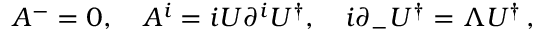
A ^ { - } = 0 , \quad A ^ { i } = i U \partial ^ { i } U ^ { \dagger } , \quad i \partial _ { - } U ^ { \dagger } = \Lambda U ^ { \dagger } \, ,